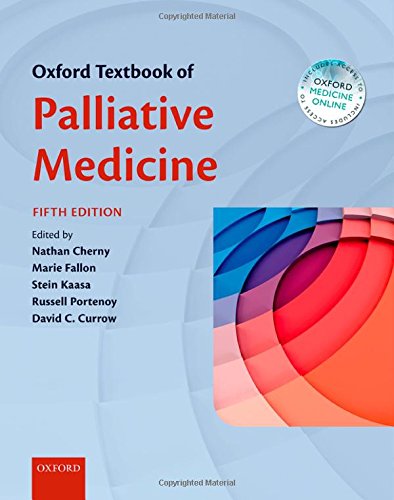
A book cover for Oxford Textbook of Palliative Medicine (Hanks, Oxford Textbook of Palliative Medicine); Self-Help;